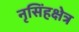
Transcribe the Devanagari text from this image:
नृसिंहक्षेत्र